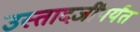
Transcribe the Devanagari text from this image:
उस्तादजींपर्यंत